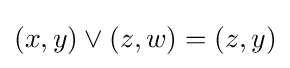
(x,y)\vee (z,w)=(z,y)